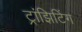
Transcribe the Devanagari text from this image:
ट्रांझिटिंग